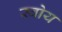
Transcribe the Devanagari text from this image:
स्वोय